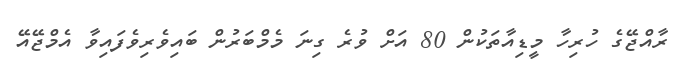
ރާއްޖޭގެ ހުރިހާ މީޑިއާތަކުން 80 އަށް ވުރެ ގިނަ މެމްބަރުން ބައިވެރިވެފައިވާ އެމްޖޭއޭ